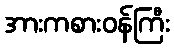
အားကစားဝန်ကြီး